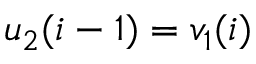
u _ { 2 } ( i - 1 ) = v _ { 1 } ( i )